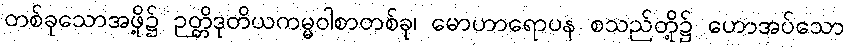
တစ်ခုသောအဖို့၌ ဉတ္တိဒုတိယကမ္မဝါစာတစ်ခု၊ မောဟာရောပန စသည်တို့၌ ဟောအပ်သော